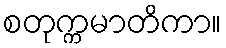
စတုက္ကမာတိကာ။